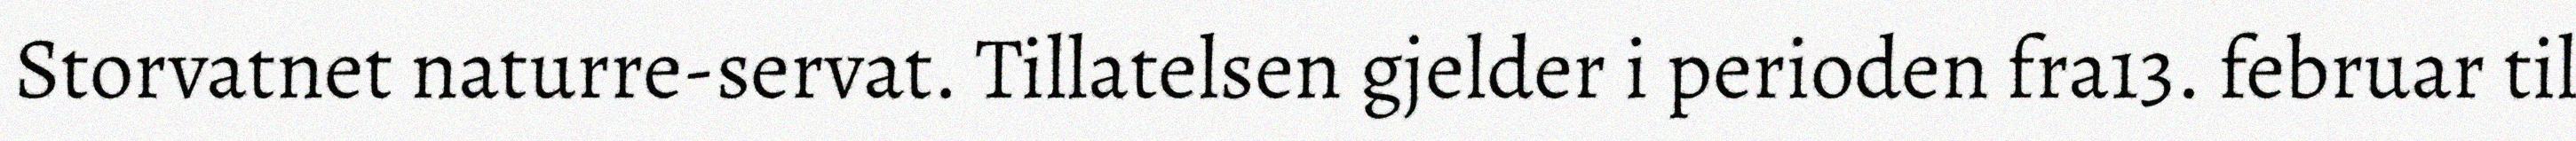
Storvatnet naturre-servat. Tillatelsen gjelder i perioden fra13. februar til